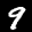
Label: 9